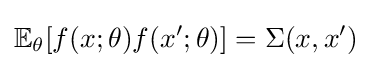
\mathbb {E} _{\theta }[f(x;\theta )f(x';\theta )]=\Sigma (x,x')